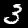
Label: 3